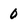
Character: 0